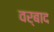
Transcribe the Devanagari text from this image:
वर्बाद